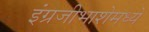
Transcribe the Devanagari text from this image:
इंग्रजीभाशेमध्ये